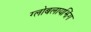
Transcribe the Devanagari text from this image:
ग्लोबलायझिंग